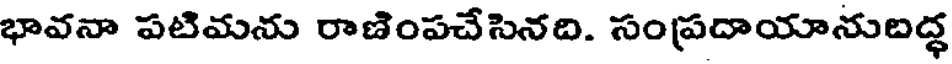
భావనా పటిమను రాణింపచేసినది. సంప్రదాయానుబద్ధ